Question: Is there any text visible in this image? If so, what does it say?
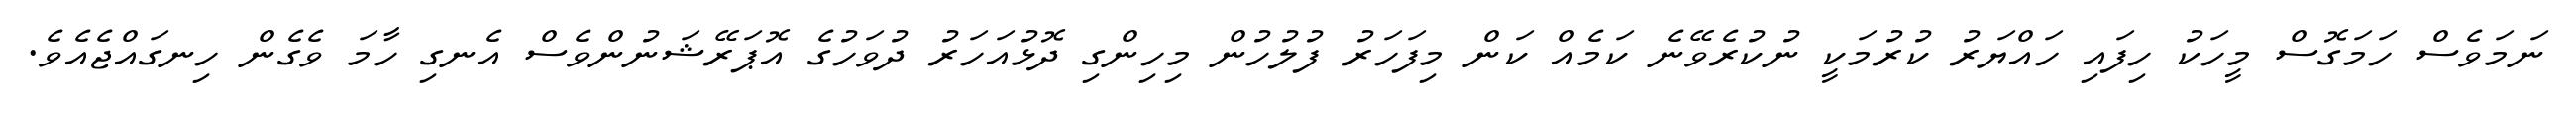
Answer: ނަމަވެސް ހަމަގޮސް މީހަކު ހިފައި ހައްޔަރު ކުރުމަކީ ނުކުރެވޭނެ ކަމެއް ކަން މިފަހަރު ފުލުހުން މިހިންގި ދޮޅުއަހަރު ދުވަހުގެ އޮޕަރޭޝަނުންވެސް އެނގި ހާމަ ވެގެން ހިނގައްޖެއެވެ.